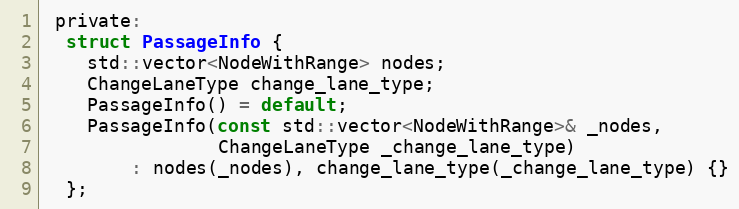
Language: C
 private:
  struct PassageInfo {
    std::vector<NodeWithRange> nodes;
    ChangeLaneType change_lane_type;
    PassageInfo() = default;
    PassageInfo(const std::vector<NodeWithRange>& _nodes,
                ChangeLaneType _change_lane_type)
        : nodes(_nodes), change_lane_type(_change_lane_type) {}
  };